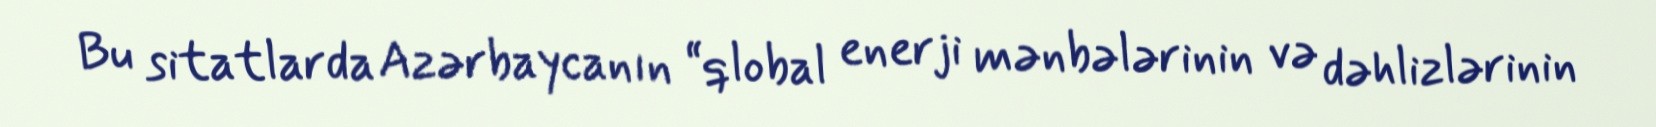
Bu sitatlarda Azərbaycanın “qlobal enerji mənbələrinin və dəhlizlərinin